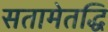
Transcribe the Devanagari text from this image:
सतामेतद्धि